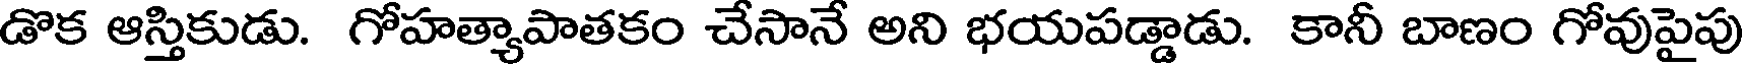
డొక ఆస్తికుడు. గోహత్యాపాతకం చేసానే అని భయపడ్డాడు. కానీ బాణం గోవుపైపు